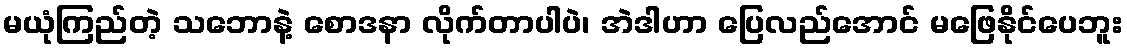
မယုံကြည်တဲ့ သဘောနဲ့ စောဒနာ လိုက်တာပါပဲ၊ အဲဒါဟာ ပြေလည်အောင် မဖြေနိုင်ပေဘူး